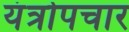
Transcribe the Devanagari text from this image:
यंत्रोपचार